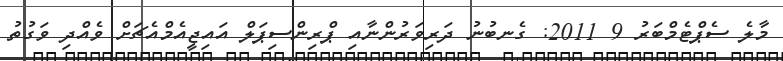
މާލެ ސެޕްޓެމްބަރު 9 2011: ގެނބުނު ދަރިވަރުންނާއި ޕްރިންސިޕަލް އައިޖީއެމްއެޗަށް ވެއްދި ވަގުތު